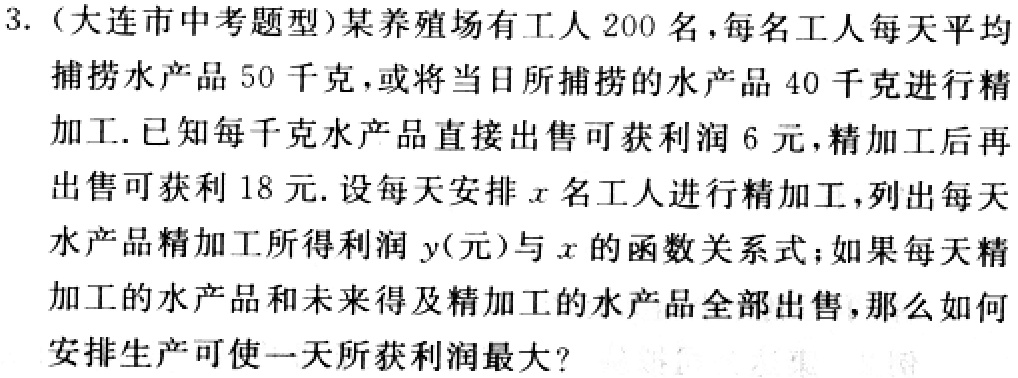
3.（大连市中考题型）某养殖场有工人200名，每名工人每天平均捕捞水产品50千克，或将当日所捕捞的水产品40千克进行精加工. 已知每千克水产品直接出售可获利润6元，精加工后再出售可获利18元. 设每天安排\(x\)名工人进行精加工，列出每天水产品精加工所得利润\(y\)（元）与\(x\)的函数关系式；如果每天精加工的水产品和未来得及精加工的水产品全部出售，那么如何安排生产可使一天所获利润最大？